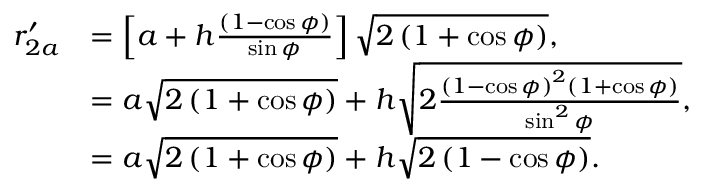
\begin{array} { r l } { r _ { 2 a } ^ { \prime } } & { = \left[ a + h \frac { \left( 1 - \cos { \phi } \right) } { \sin { \phi } } \right] \sqrt { 2 \left( 1 + \cos { \phi } \right) } , } \\ & { = a \sqrt { 2 \left( 1 + \cos { \phi } \right) } + h \sqrt { 2 \frac { \left( 1 - \cos { \phi } \right) ^ { 2 } \left( 1 + \cos { \phi } \right) } { \sin ^ { 2 } { \phi } } } , } \\ & { = a \sqrt { 2 \left( 1 + \cos { \phi } \right) } + h \sqrt { 2 \left( 1 - \cos { \phi } \right) } . } \end{array}